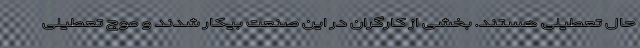
حال تعطیلی هستند. بخشی از کارگران در این صنعت بیکار شدند و موج تعطیلی